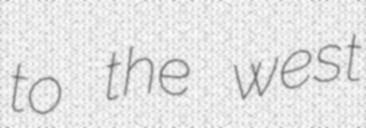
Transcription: to the west